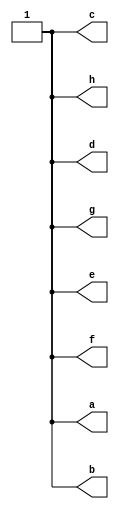
module case_expr_const_top(
	// expected to output all 1s
    output reg a, b, c, d, e, f, g, h
);
    initial begin
        case (2'b0)
            1'b0:    a = 1;
            default: a = 0;
        endcase
        case (2'sb11)
            2'sb01:  b = 0;
            1'sb1:   b = 1;
        endcase
        case (2'sb11)
            1'sb0:   c = 0;
            1'sb1:   c = 1;
        endcase
        case (2'sb11)
            1'b0:    d = 0;
            1'sb1:   d = 0;
            default: d = 1;
        endcase
        case (2'b11)
            1'sb0:   e = 0;
            1'sb1:   e = 0;
            default: e = 1;
        endcase
        case (1'sb1)
            1'sb0:   f = 0;
            2'sb11:  f = 1;
            default: f = 0;
        endcase
        case (1'sb1)
            1'sb0:   g = 0;
            3'b0:    g = 0;
            2'sb11:  g = 0;
            default: g = 1;
        endcase
        case (1'sb1)
            1'sb0:   h = 0;
            1'b1:    h = 1;
            3'b0:    h = 0;
            2'sb11:  h = 0;
            default: h = 0;
        endcase
    end
endmodule